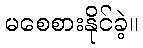
မစေစားနိုင်ခဲ့။